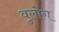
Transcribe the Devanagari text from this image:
वुलोंग